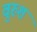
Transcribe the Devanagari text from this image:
वुरुश